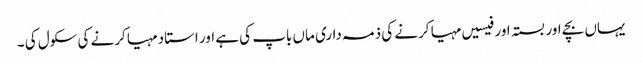
یہاں بچے اور بستہ اور فیسیں مہیا کرنے کی ذمہ داری ماں باپ کی ہے اور استاد مہیا کرنے کی سکول کی ۔